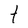
Character: t